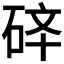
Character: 𱳽